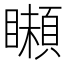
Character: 𩔠